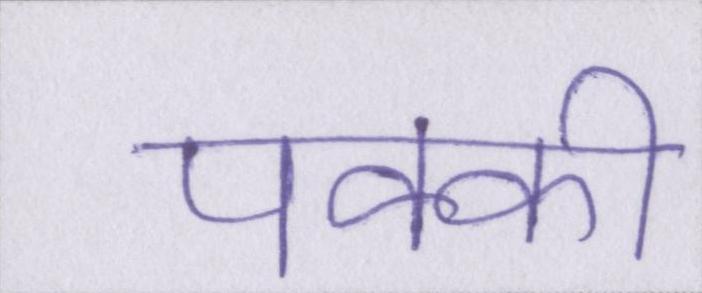
पक्की